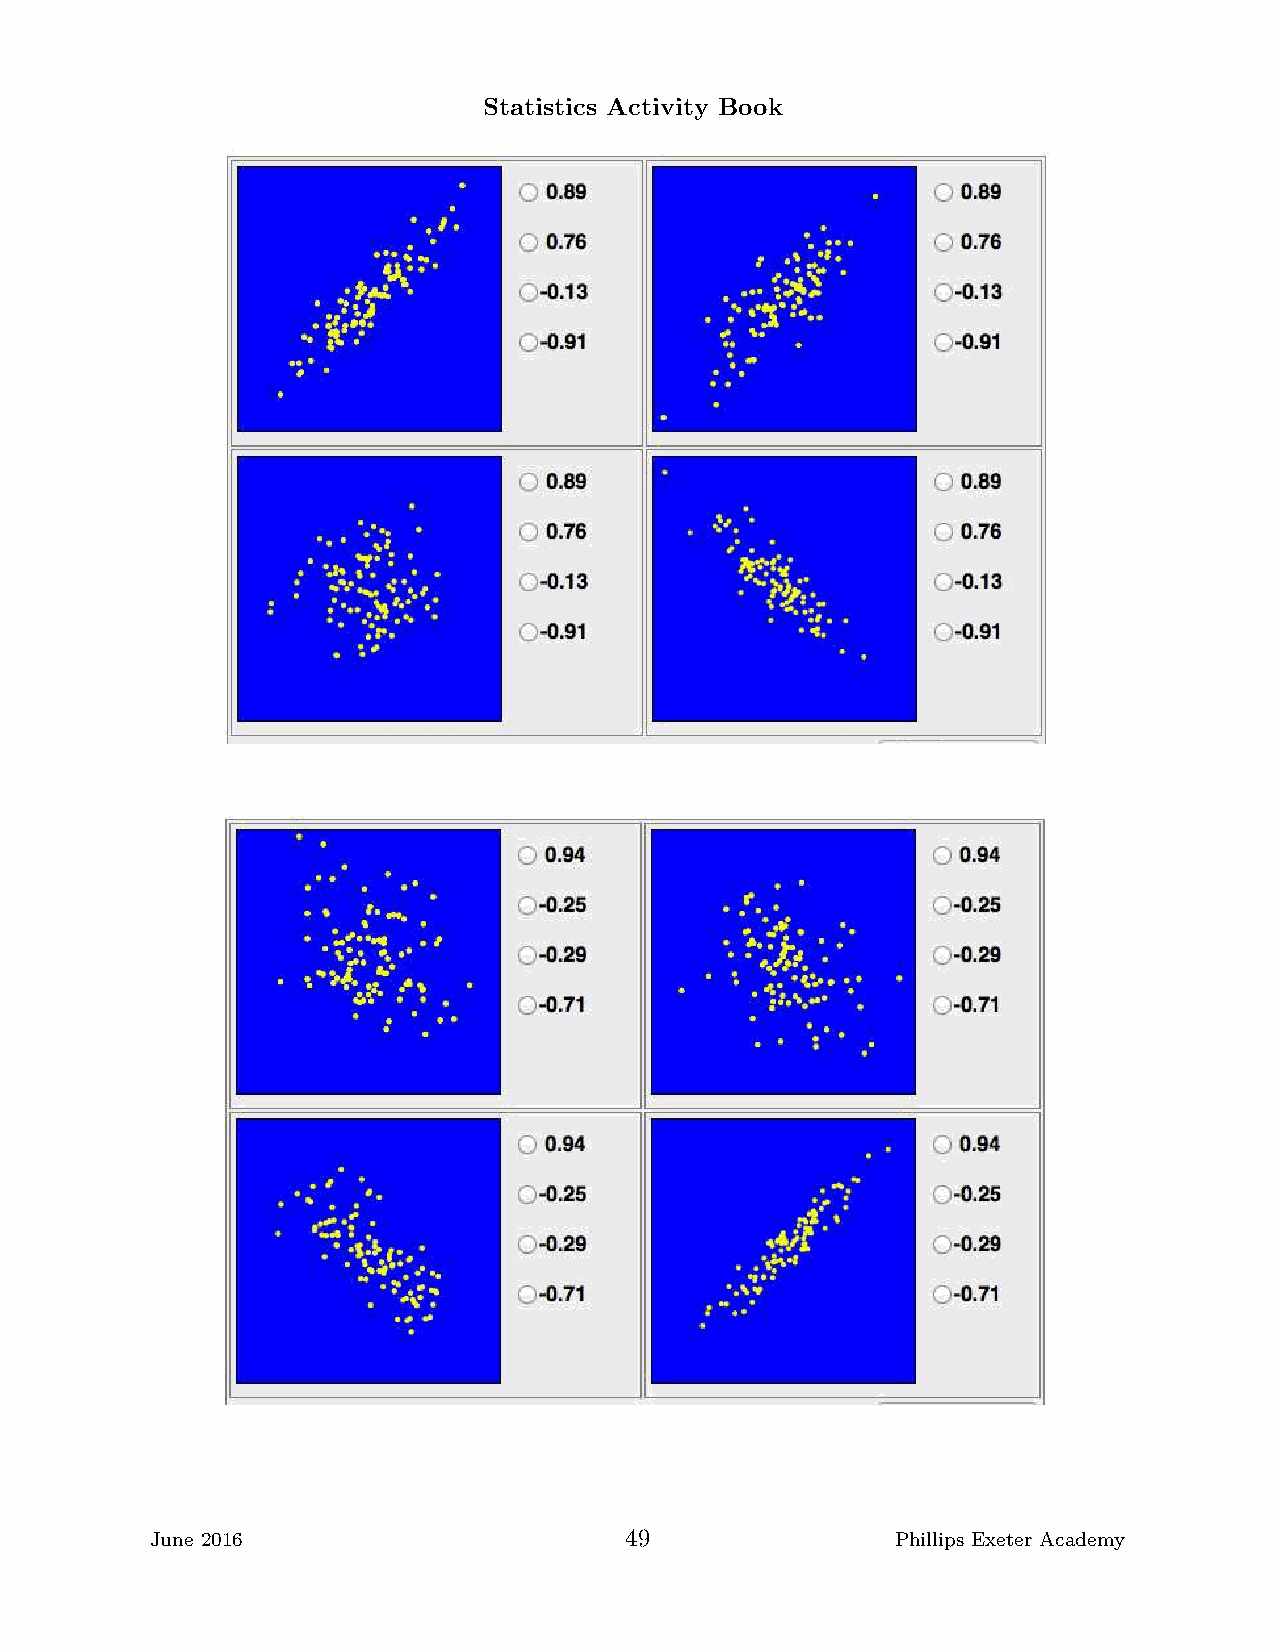
Statistics Activity Book
 June 2016                      49                Phillips Exeter Academy